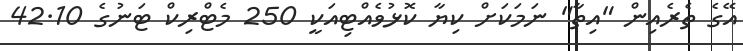
އޭގެ ތެރެއިން "އިތާ" ނަމަކަށް ކިޔާ ކޮޅުވެއްޓިއަކީ 250 މެޓްރިކް ޓަނުގެ 42.10